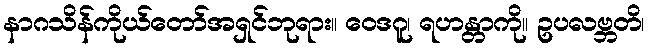
နာဂသိန်ကိုယ်တော်အရှင်ဘုရား။ ဝေဒဂူ၊ ရဟန္တာကို။ ဥပလဗ္ဘတိ၊